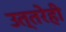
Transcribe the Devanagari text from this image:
उत्तरेही